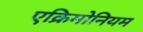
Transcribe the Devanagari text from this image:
एक्रिमोनियम